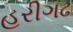
હરીગઢ